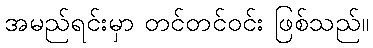
အမည်ရင်းမှာ တင်တင်ဝင်း ဖြစ်သည်။